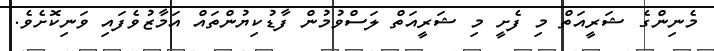
މެނިންގެ ޝަރީއަތް މި ފެށީ މި ޝަރީއަތް ލަސްވުމުން ފާޑުކިޔުންތައް އަމާޒުވެފައި ވަނިކޮށެވެ.